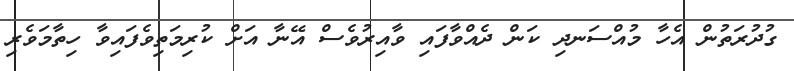
ގުދުރަތުން އެހާ މުއްސަނދި ކަން ދެއްވާފައި ވާއިރުވެސް އޭނާ އަށް ކުރިމަތިވެފައިވާ ހިތާމަވެރި